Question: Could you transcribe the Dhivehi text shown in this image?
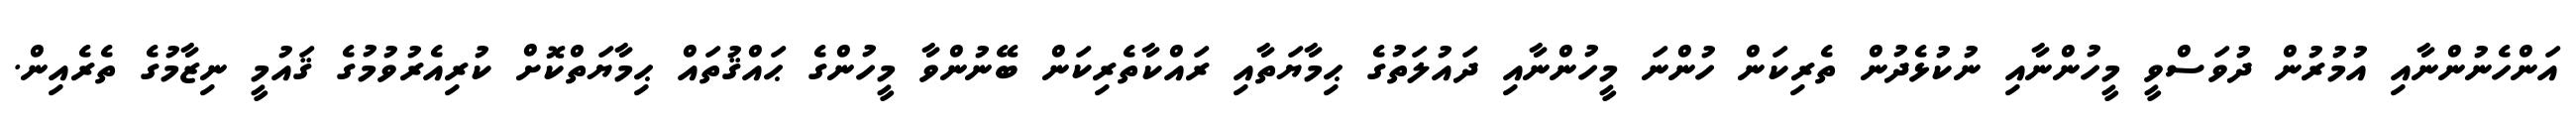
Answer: އަންހެނުންނާއި އުމުރުން ދުވަސްވީ މީހުންނާއި ނުކުޅެދުން ތެރިކަން ހުންނަ މީހުންނާއި ދައުލަތުގެ ޙިމާޔަތާއި ރައްކާތެރިކަން ބޭނުންވާ މީހުންގެ ޙައްޤުތައް ޙިމާޔަތްކޮށް ކުރިއެރުވުމުގެ ޤައުމީ ނިޒާމުގެ ތެރެއިން.